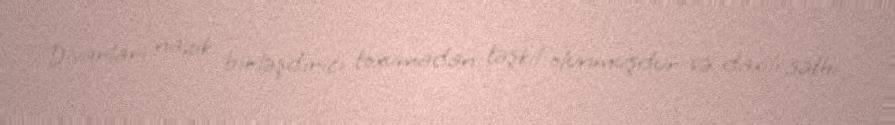
Divarları nazik birləşdirici toxumadan təşkil olunmuşdur və daxili səthi